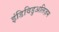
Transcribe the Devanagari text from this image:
इंडिविडुअलिज़म